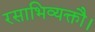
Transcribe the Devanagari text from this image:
रसाभिव्यक्तौ।